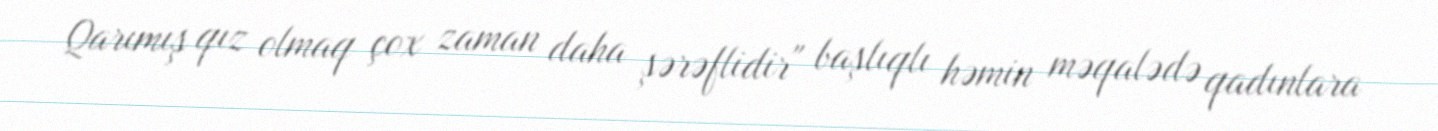
Qarımış qız olmaq çox zaman daha şərəflidir" başlıqlı həmin məqalədə qadınlara